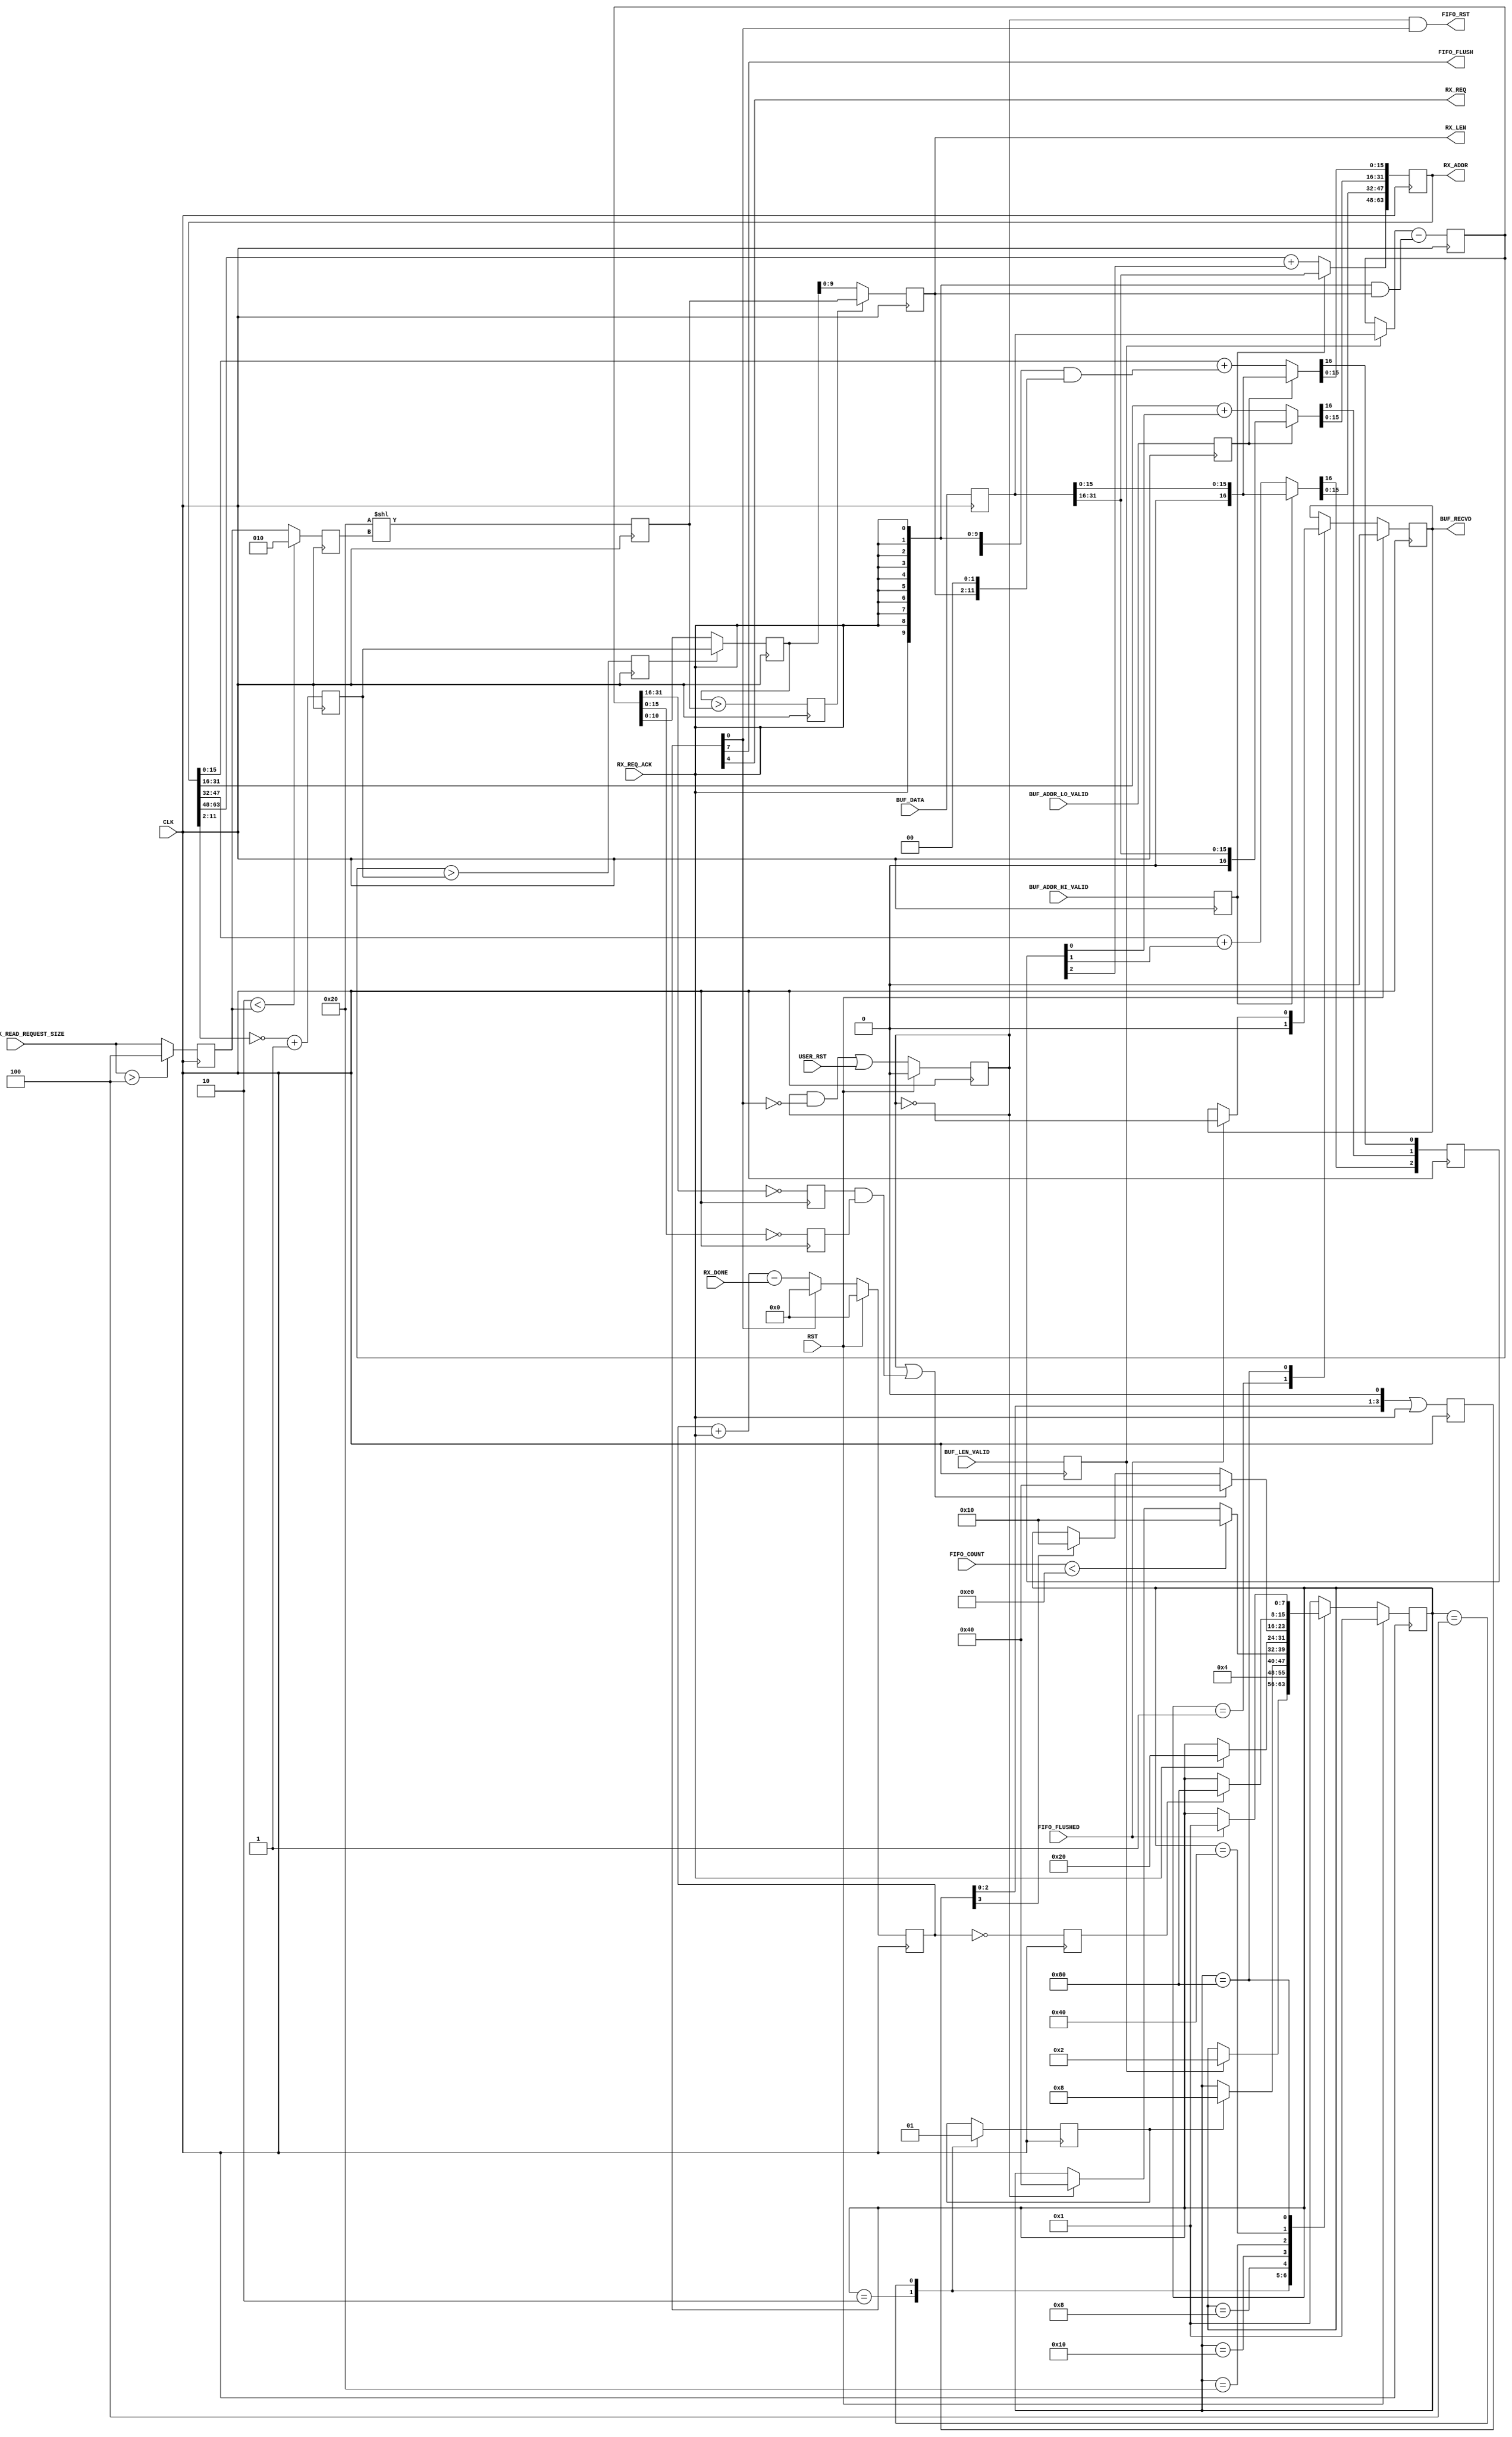
// ----------------------------------------------------------------------
// Copyright (c) 2016, The Regents of the University of California All
// rights reserved.
// 
// Redistribution and use in source and binary forms, with or without
// modification, are permitted provided that the following conditions are
// met:
// 
//     * Redistributions of source code must retain the above copyright
//       notice, this list of conditions and the following disclaimer.
// 
//     * Redistributions in binary form must reproduce the above
//       copyright notice, this list of conditions and the following
//       disclaimer in the documentation and/or other materials provided
//       with the distribution.
// 
//     * Neither the name of The Regents of the University of California
//       nor the names of its contributors may be used to endorse or
//       promote products derived from this software without specific
//       prior written permission.
// 
// THIS SOFTWARE IS PROVIDED BY THE COPYRIGHT HOLDERS AND CONTRIBUTORS
// "AS IS" AND ANY EXPRESS OR IMPLIED WARRANTIES, INCLUDING, BUT NOT
// LIMITED TO, THE IMPLIED WARRANTIES OF MERCHANTABILITY AND FITNESS FOR
// A PARTICULAR PURPOSE ARE DISCLAIMED. IN NO EVENT SHALL REGENTS OF THE
// UNIVERSITY OF CALIFORNIA BE LIABLE FOR ANY DIRECT, INDIRECT,
// INCIDENTAL, SPECIAL, EXEMPLARY, OR CONSEQUENTIAL DAMAGES (INCLUDING,
// BUT NOT LIMITED TO, PROCUREMENT OF SUBSTITUTE GOODS OR SERVICES; LOSS
// OF USE, DATA, OR PROFITS; OR BUSINESS INTERRUPTION) HOWEVER CAUSED AND
// ON ANY THEORY OF LIABILITY, WHETHER IN CONTRACT, STRICT LIABILITY, OR
// TORT (INCLUDING NEGLIGENCE OR OTHERWISE) ARISING IN ANY WAY OUT OF THE
// USE OF THIS SOFTWARE, EVEN IF ADVISED OF THE POSSIBILITY OF SUCH
// DAMAGE.
// ----------------------------------------------------------------------
//----------------------------------------------------------------------------
// Version:				1.00.a
// Verilog Standard:	Verilog-2001
// Description:			Receives scatter gather address/length info and requests
// the scatter gather data from the RX engine. Monitors the state of the scatter
// gather FIFO to make sure it can accommodate the requested data. Also signals
// when the entire scatter gather data has been received so the buffer can be
// overwritten with new data.
// History:				@mattj: Version 2.0
//-----------------------------------------------------------------------------
`define S_SGREQ_IDLE	8'b0000_0001
`define S_SGREQ_WAIT_0	8'b0000_0010
`define S_SGREQ_WAIT_1	8'b0000_0100
`define S_SGREQ_CHECK	8'b0000_1000
`define S_SGREQ_ISSUE	8'b0001_0000
`define S_SGREQ_UPDATE	8'b0010_0000
`define S_SGREQ_COUNT	8'b0100_0000
`define S_SGREQ_FLUSH	8'b1000_0000

`timescale 1ns/1ns
module sg_list_requester #(
	parameter C_FIFO_DATA_WIDTH = 9'd64,
	parameter C_FIFO_DEPTH = 1024,
	parameter C_MAX_READ_REQ = 2,				// Max read: 000=128B, 001=256B, 010=512B, 011=1024B, 100=2048B, 101=4096B
	// Local parameters
	parameter C_FIFO_DEPTH_WIDTH = $clog2((2**$clog2(C_FIFO_DEPTH))+1),
	parameter C_WORDS_PER_ELEM = 4,
	parameter C_MAX_ELEMS = 200,
	parameter C_MAX_ENTRIES = (C_MAX_ELEMS*C_WORDS_PER_ELEM),
	parameter C_FIFO_COUNT_THRESH = C_FIFO_DEPTH - C_MAX_ENTRIES
)
(
	input CLK,
	input RST,
	input [2:0] CONFIG_MAX_READ_REQUEST_SIZE,			// Maximum read payload: 000=128B, 001=256B, 010=512B, 011=1024B, 100=2048B, 101=4096B

	input USER_RST,								// User reset, should clear FIFO data too
	
	output BUF_RECVD,							// Signals when scatter gather buffer received
	input [31:0] BUF_DATA,						// Buffer data
	input BUF_LEN_VALID,						// Buffer length valid
	input BUF_ADDR_HI_VALID,					// Buffer high address valid
	input BUF_ADDR_LO_VALID,					// Buffer low address valid

	input [C_FIFO_DEPTH_WIDTH-1:0] FIFO_COUNT,	// Scatter gather FIFO count
	output FIFO_FLUSH,							// Scatter gather FIFO flush request
	input FIFO_FLUSHED,							// Scatter gather FIFO flushed
	output FIFO_RST,							// Scatter gather FIFO data reset request

	output RX_REQ,								// Issue a read request
	output [63:0] RX_ADDR,						// Request address
	output [9:0] RX_LEN,						// Request length
	input RX_REQ_ACK,							// Request has been issued
	input RX_DONE								// Request has completed (data received)
);

// `include "functions.vh"

reg		[31:0]			rData=0, _rData=0;
reg						rAddrHiValid=0, _rAddrHiValid=0;
reg						rAddrLoValid=0, _rAddrLoValid=0;
reg						rLenValid=0, _rLenValid=0;

(* syn_encoding = "user" *)
(* fsm_encoding = "user" *)
reg		[7:0]			rState=`S_SGREQ_IDLE, _rState=`S_SGREQ_IDLE;
reg						rDone=0, _rDone=0;
reg						rDelay=0, _rDelay=0;
reg		[2:0]			rCarry=0, _rCarry=0;
reg		[3:0]			rValsProp=0, _rValsProp=0;
reg		[63:0]			rAddr=64'd0, _rAddr=64'd0;
reg		[31:0]			rBufWords=0, _rBufWords=0;
reg		[10:0]			rPageRem=0, _rPageRem=0;
reg						rPageSpill=0, _rPageSpill=0;
reg		[10:0]			rPreLen=0, _rPreLen=0;
reg		[2:0]			rMaxPayloadTrain=0, _rMaxPayloadTrain=0;
reg		[2:0]			rMaxPayloadShift=0, _rMaxPayloadShift=0;
reg		[9:0]			rMaxPayload=0, _rMaxPayload=0;
reg						rPayloadSpill=0, _rPayloadSpill=0;
reg		[9:0]			rLen=0, _rLen=0;
reg						rBufWordsEQ0Hi=0, _rBufWordsEQ0Hi=0;
reg						rBufWordsEQ0Lo=0, _rBufWordsEQ0Lo=0;
reg						rUserRst=0, _rUserRst=0;

reg						rRecvdAll=0, _rRecvdAll=0;
reg		[10:0]			rAckCount=0, _rAckCount=0;


assign BUF_RECVD = rDone;

assign FIFO_FLUSH = rState[7]; // S_SGREQ_FLUSH
assign FIFO_RST = (rUserRst & rState[0]); // S_SGREQ_IDLE

assign RX_ADDR = rAddr;
assign RX_LEN = rLen;
assign RX_REQ = rState[4]; // S_SGREQ_ISSUE


// Buffer signals coming from outside the rx_port.
always @ (posedge CLK) begin
	rData <= #1 _rData;
	rAddrHiValid <= #1 _rAddrHiValid;
	rAddrLoValid <= #1 _rAddrLoValid;
	rLenValid <= #1 _rLenValid;
end

always @ (*) begin
	_rData = BUF_DATA;
	_rAddrHiValid = BUF_ADDR_HI_VALID;
	_rAddrLoValid = BUF_ADDR_LO_VALID;
	_rLenValid = BUF_LEN_VALID;
end


// Handle requesting the next scatter gather buffer data.
wire [9:0] wAddrLoInv = ~rAddr[11:2];
always @ (posedge CLK) begin
	rState <= #1 (RST ? `S_SGREQ_IDLE : _rState);
	rDone <= #1 (RST ? 1'd0 : _rDone);
	rDelay <= #1 _rDelay;
	rAddr <= #1 _rAddr;
	rCarry <= #1 _rCarry;
	rBufWords <= #1 _rBufWords;
	rValsProp <= #1 _rValsProp;
	rPageRem <= #1 _rPageRem;
	rPageSpill <= #1 _rPageSpill;
	rPreLen <= #1 _rPreLen;
	rMaxPayloadTrain <= #1 _rMaxPayloadTrain;
	rMaxPayloadShift <= #1 _rMaxPayloadShift;
	rMaxPayload <= #1 _rMaxPayload;
	rPayloadSpill <= #1 _rPayloadSpill;
	rLen <= #1 _rLen;
	rBufWordsEQ0Hi <= #1 _rBufWordsEQ0Hi;
	rBufWordsEQ0Lo <= #1 _rBufWordsEQ0Lo;
	rUserRst <= #1 (RST ? 1'd0 : _rUserRst);
end

always @ (*) begin
	_rState = rState;
	_rDone = rDone;
	_rDelay = rDelay;

	_rUserRst = ((rUserRst & !rState[0]) | USER_RST);
	_rValsProp = ((rValsProp<<1) | RX_REQ_ACK);
	{_rCarry[0], _rAddr[15:0]} = (rAddrLoValid ? rData[15:0] : (rAddr[15:0] + ({12{RX_REQ_ACK}} & {2'b0,rLen}<<2)));
	{_rCarry[1], _rAddr[31:16]} = (rAddrLoValid ? rData[31:16] : (rAddr[31:16] + rCarry[0]));
	{_rCarry[2], _rAddr[47:32]} = (rAddrHiValid ? rData[15:0] : (rAddr[47:32] + rCarry[1]));
				 _rAddr[63:48] = (rAddrHiValid ? rData[31:16] : (rAddr[63:48] + rCarry[2]));
	_rBufWords = (rLenValid ? rData : rBufWords) - ({10{RX_REQ_ACK}} & rLen);
	_rPageRem = (wAddrLoInv + 1'd1);	
	_rPageSpill = (rBufWords > rPageRem);	
	_rPreLen = (rPageSpill ? rPageRem : rBufWords[10:0]);			
	_rMaxPayloadTrain = (CONFIG_MAX_READ_REQUEST_SIZE > 3'd4 ? 3'd4 : CONFIG_MAX_READ_REQUEST_SIZE);
	_rMaxPayloadShift = (C_MAX_READ_REQ[2:0] < rMaxPayloadTrain ? C_MAX_READ_REQ[2:0] : rMaxPayloadTrain);
	_rMaxPayload = (6'd32<<rMaxPayloadShift);
	_rPayloadSpill = (rPreLen > rMaxPayload);
	_rLen = (rPayloadSpill ? rMaxPayload : rPreLen[9:0]);
	_rBufWordsEQ0Hi = (16'd0 == rBufWords[31:16]);
	_rBufWordsEQ0Lo = (16'd0 == rBufWords[15:0]);

	case (rState)

	`S_SGREQ_IDLE: begin // Wait for addr & length
		_rDone = 0;
		if (rLenValid)
			_rState = `S_SGREQ_WAIT_0;
	end

	`S_SGREQ_WAIT_0: begin // Wait 1 cycle for values to propagate
		_rDelay = 0;
		_rState = `S_SGREQ_WAIT_1;
	end

	`S_SGREQ_WAIT_1: begin // Wait 2 cycles for values to propagate
		_rDelay = 1;
		if (rDelay)
			_rState = `S_SGREQ_CHECK;
	end

	`S_SGREQ_CHECK: begin // Wait for space to be made available
		if (FIFO_COUNT < C_FIFO_COUNT_THRESH)
			_rState = `S_SGREQ_ISSUE;
		else if (rUserRst)
			_rState = `S_SGREQ_COUNT;
	end
	
	`S_SGREQ_ISSUE: begin // Wait for read request to be serviced
		if (RX_REQ_ACK)
			_rState = `S_SGREQ_UPDATE;
	end

	`S_SGREQ_UPDATE: begin // Update the address and length
		if (rUserRst | (rBufWordsEQ0Hi & rBufWordsEQ0Lo))
			_rState = `S_SGREQ_COUNT;
		else if (rValsProp[3])
			_rState = `S_SGREQ_ISSUE;
	end

	`S_SGREQ_COUNT: begin // Wait for read data to arrive
		if (rRecvdAll)
			_rState = `S_SGREQ_FLUSH;
	end

	`S_SGREQ_FLUSH: begin // Wait for read data to arrive
		if (FIFO_FLUSHED) begin
			_rDone = !rUserRst;
			_rState = `S_SGREQ_IDLE;
		end
	end

	default: begin
		_rState = `S_SGREQ_IDLE;
	end

	endcase
end


// Keep track of requests made and requests completed so we know when all
// the outstanding data has been received.
always @ (posedge CLK) begin
	rAckCount <= #1 (RST ? 10'd0 : _rAckCount);
	rRecvdAll <= #1 _rRecvdAll;
end

always @ (*) begin
	// Track REQ_DONE and SG_DONE to maintain an outstanding request count.
	_rRecvdAll = (rAckCount == 10'd0);
	if (rState[0]) // S_SGREQ_IDLE
		_rAckCount = 0;
	else
		_rAckCount = rAckCount + RX_REQ_ACK - RX_DONE; 
end


endmodule